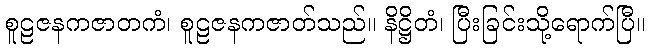
စူဠဇနကဇာတကံ၊ စူဠဇနကဇာတ်သည်။ နိဋ္ဌိတံ၊ ပြီးခြင်းသို့ရောက်ပြီ။